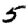
Digit: 5